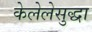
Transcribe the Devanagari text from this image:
केलेलेसुद्धा